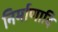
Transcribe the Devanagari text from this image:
निर्माणादि